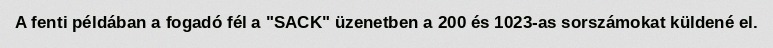
A fenti példában a fogadó fél a "SACK" üzenetben a 200 és 1023-as sorszámokat küldené el.